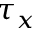
\tau _ { x }